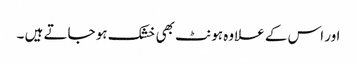
اور اس کے علاوہ ہونٹ بھی خشک ہو جاتے ہیں ۔